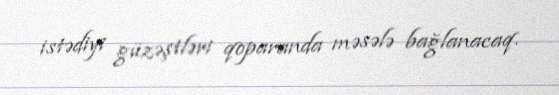
istədiyi güzəştləri qoparanda məsələ bağlanacaq.